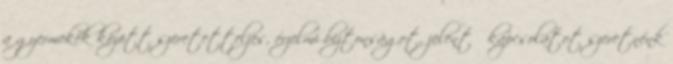
a gyermekek között szeretetteljes, érzelmi biztonságot, jelentı kapcsolatot szeretnénk